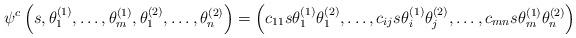
LaTeX: \begin{align*} \psi^c\left(s,\theta^{(1)}_1, \ldots, \theta^{(1)}_m, \theta^{(2)}_1, \ldots, \theta^{(2)}_n\right) = \left(c_{11} s \theta^{(1)}_1 \theta^{(2)}_1, \ldots, c_{ij} s \theta^{(1)}_i \theta^{(2)}_j, \ldots, c_{mn} s \theta^{(1)}_m \theta^{(2)}_n\right)\end{align*}